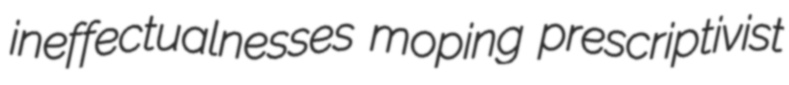
ineffectualnesses moping prescriptivist